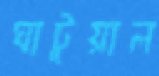
ঘাটুয়াল